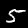
Digit: 5